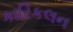
કારિકલન